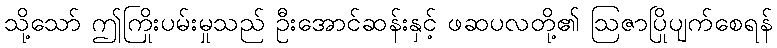
သို့သော် ဤကြိုးပမ်းမှုသည် ဦးအောင်ဆန်းနှင့် ဖဆပလတို့၏ ဩဇာပြိုပျက်စေရန်